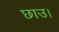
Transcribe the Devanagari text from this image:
छाउ।